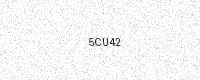
Text: 5CU42